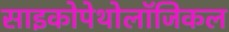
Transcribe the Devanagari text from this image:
साइकोपेथोलॉजिकल